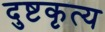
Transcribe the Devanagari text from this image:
दुष्टकृत्य